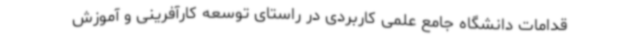
قدامات دانشگاه جامع علمی کاربردی در راستای توسعه کارآفرینی و آموزش